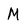
Character: M